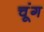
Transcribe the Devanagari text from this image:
चूंग